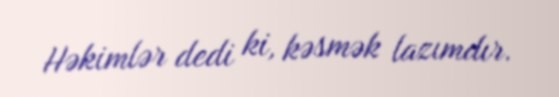
Həkimlər dedi ki, kəsmək lazımdır.